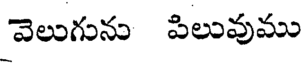
వెలుగును పిలువుము